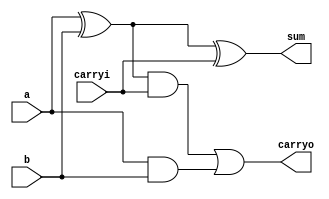
module fullAdder(a,b, carryi, sum, carryo);
  input  a, b, carryi;
  output sum, carryo;
 
  wire   w1, w2, w3;
       
  assign w1 = a ^ b;
  assign w2 = w1 & carryi;
  assign w3 = a & b;
 
  assign sum   = w1 ^ carryi;
  assign carryo = w2 | w3;
   
endmodule